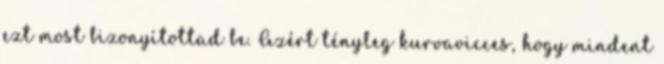
ezt most bizonyítottad be. Azért tényleg kurvavicces, hogy mindent